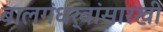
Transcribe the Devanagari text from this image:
बालगंधर्वांसारखी